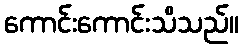
ကောင်းကောင်းသိသည်။